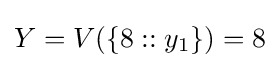
Y=V(\{8::y_{1}\})=8